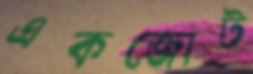
একজোট